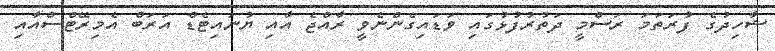
ޝާހިދުގެ ފުރަތަމަ ރަސްމީ ދަތުރުފުޅުގައި ވަޑައިގެންނެވީ ރާއްޖެ އާއި ޔުނައިޓެޑް އަރަބް އެމިރޭޓްސްއާއި